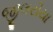
જીલરીયા